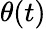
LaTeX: \theta(t)